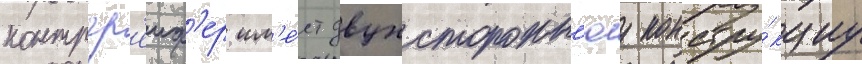
контргр'еиф'ер им'е́ет двухсторонн'юу констру́кциу